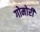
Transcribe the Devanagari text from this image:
गोमोरी